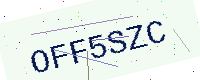
Text: OFF5SZC